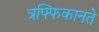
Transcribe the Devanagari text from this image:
त्रफ्फिकानते